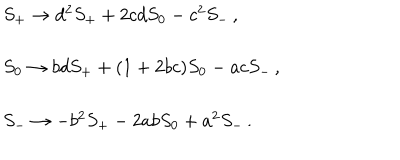
\begin{array} { l } { { S _ { + } \rightarrow d ^ { 2 } S _ { + } + 2 c d S _ { 0 } - c ^ { 2 } S _ { - } \, , } } \\ { { S _ { 0 } \rightarrow b d S _ { + } + ( 1 + 2 b c ) S _ { 0 } - a c S _ { - } \, , } } \\ { { S _ { - } \rightarrow - b ^ { 2 } S _ { + } - 2 a b S _ { 0 } + a ^ { 2 } S _ { - } \, . } } \\ \end{array}